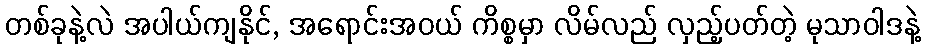
တစ်ခုနဲ့လဲ အပါယ်ကျနိုင်, အရောင်းအဝယ် ကိစ္စမှာ လိမ်လည် လှည့်ပတ်တဲ့ မုသာဝါဒနဲ့